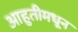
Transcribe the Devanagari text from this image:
आहुतीमधून